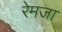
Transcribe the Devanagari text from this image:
रेमजा